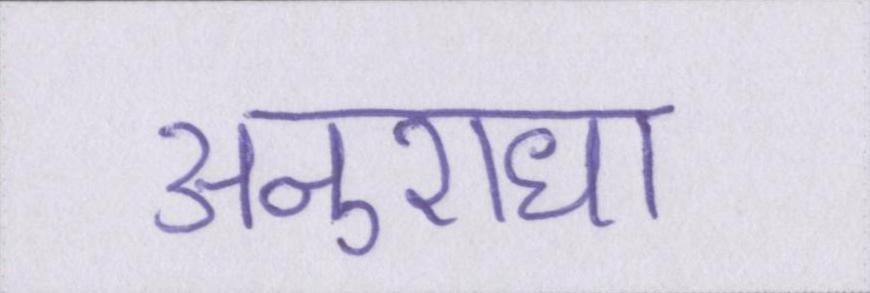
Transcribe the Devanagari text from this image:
अनुराधा